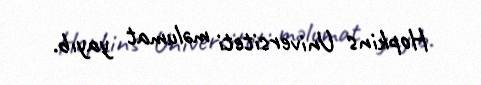
Hopkins Universiteti məlumat yayıb.